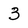
Character: 3